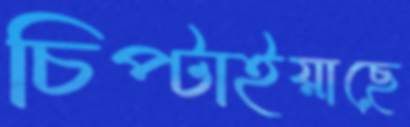
চিপ্‌টাইয়াছে